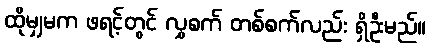
ထိုမျှမက ဖရင့်တွင် လွှစက် တစ်စက်လည်း ရှိဦးမည်။